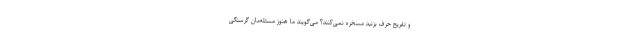
و تفریح حرف بزنید مسخره نمی‌کنند؟ می‌گویند ما هنوز مسئله‌مان گرسنگی